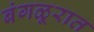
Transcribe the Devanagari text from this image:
बंगळूरात